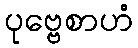
ပုဗ္ဗေစာဟံ